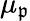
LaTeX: \mu_{\mathfrak{p}}